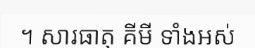
។ សារធាតុ គីមី ទាំងអស់